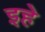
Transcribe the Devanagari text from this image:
इहे